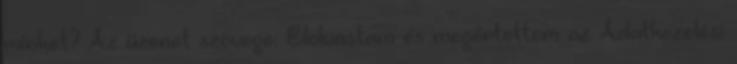
minket? Az üzenet szövege: Elolvastam és megértettem az Adatkezelési